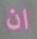
ان